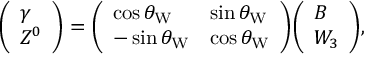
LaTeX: { \left( \begin{array} { l } { \gamma } \\ { Z ^ { 0 } } \end{array} \right) } = { \left( \begin{array} { l l } { \cos \theta _ { \mathrm { W } } } & { \sin \theta _ { \mathrm { W } } } \\ { - \sin \theta _ { \mathrm { W } } } & { \cos \theta _ { \mathrm { W } } } \end{array} \right) } { \left( \begin{array} { l } { B } \\ { W _ { 3 } } \end{array} \right) } ,